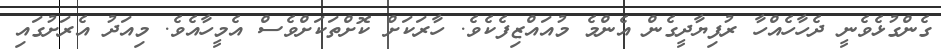
ގެންގުޅެވެނީ ދެހާހެއްހާ ރުފިޔާދީގެން އެންމެ މުއައްޒިފެކެވެ. ހާރަކަށް ކޮށްތަކަށްވެސް އެމީހާއެވެ. މިއަދު އެރަށުގައި